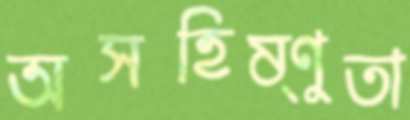
অসহিষ্ণুতা